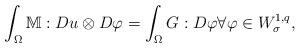
LaTeX: \begin{align*}\int_\Omega\mathbb{M}:Du\otimes D\varphi = \int_\Omega G:D\varphi \forall \varphi \in W_\sigma^{1,q},\end{align*}